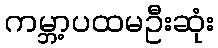
ကမ္ဘာ့ပထမဦးဆုံး